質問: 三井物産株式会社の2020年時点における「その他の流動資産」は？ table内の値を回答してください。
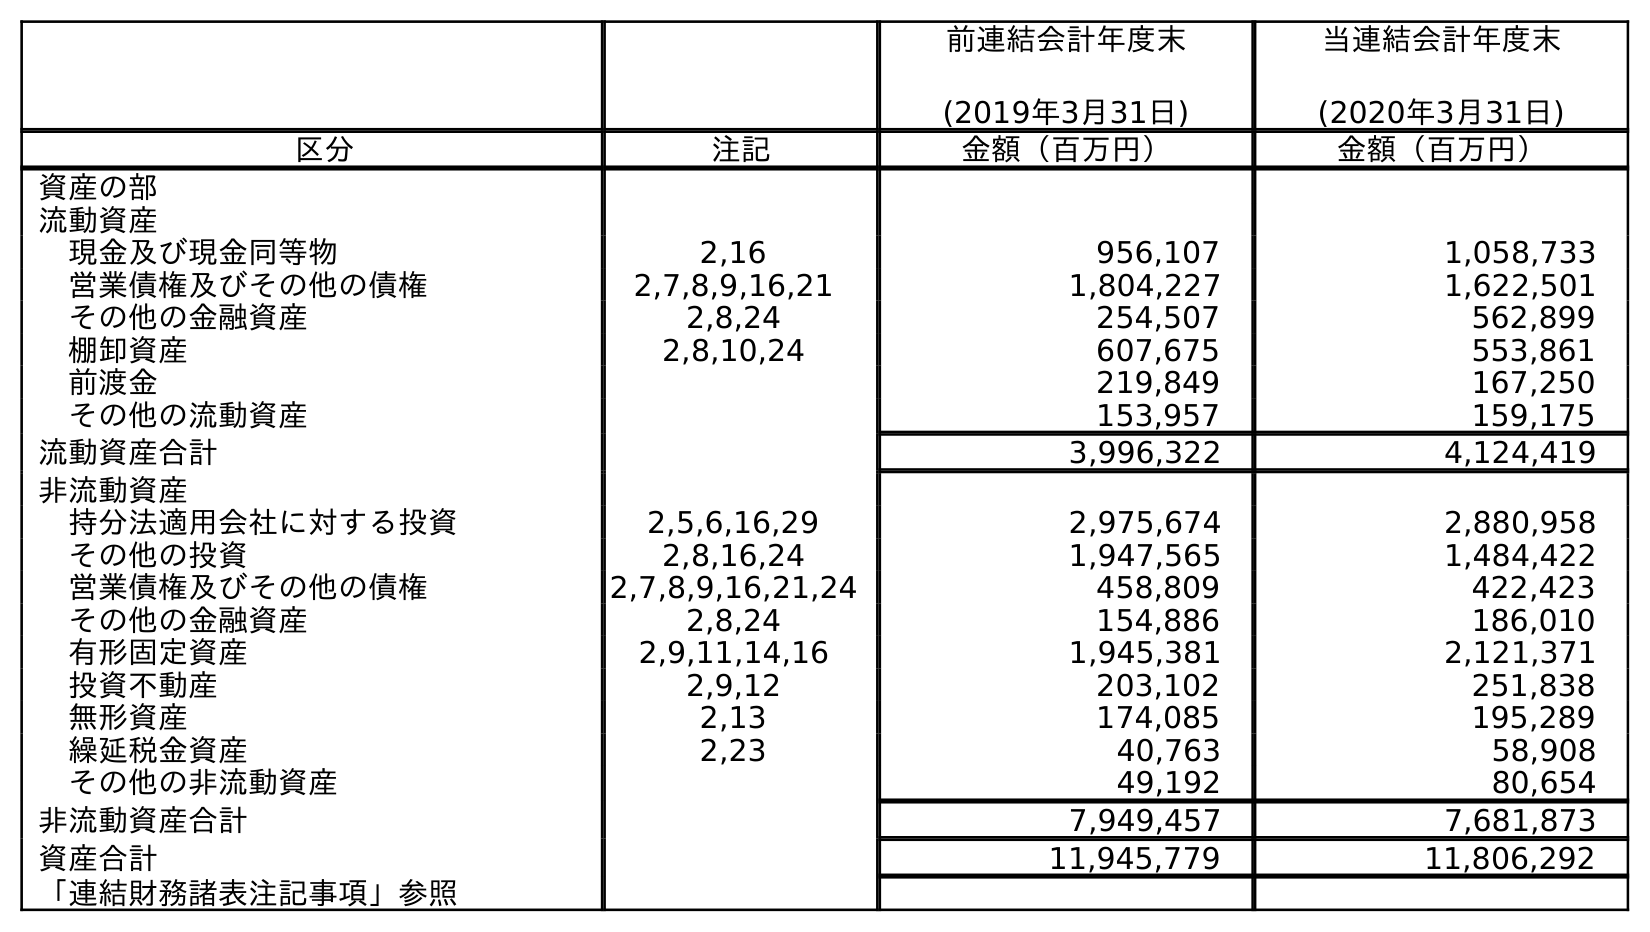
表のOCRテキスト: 前連結会計年度末 (2019年3月31日) 当連結会計年度末 (2020年3月31日) 区分 注記 金額（百万円） 金額（百万円） 資産の部 流動資産 現金及び現金同等物 2,16 956,107 1,058,733 営業債権及びその他の債権 2,7,8,9,16,21 1,804,227 1,622,501 その他の金融資産 2,8,24 254,507 562,899 棚卸資産 2,8,10,24 607,675 553,861 前渡金 219,849 167,250 その他の流動資産 153,957 159,175 流動資産合計 3,996,322 4,124,419 非流動資産 持分法適用会社に対する投資 2,5,6,16,29 2,975,674 2,880,958 その他の投資 2,8,16,24 1,947,565 1,484,422 営業債権及びその他の債権 2,7,8,9,16,21,24 458,809 422,423 その他の金融資産 2,8,24 154,886 186,010 有形固定資産 2,9,11,14,16 1,945,381 2,121,371 投資不動産 2,9,12 203,102 251,838 無形資産 2,13 174,085 195,289 繰延税金資産 2,23 40,763 58,908 その他の非流動資産 49,192 80,654 非流動資産合計 7,949,457 7,681,873 資産合計 11,945,779 11,806,292 「連結財務諸表注記事項」参照
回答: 159,175